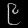
Digit: ၉